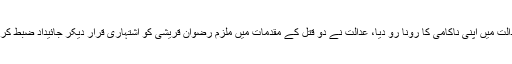
پولیس نے سیشن عدالت میں اپنی ناکامی کا رونا رو دیا، عدالت نے دو قتل کے مقدمات میں ملزم رضوان قریشی کو اشتہاری قرار دیکر جائیداد ضبط کرنے کا حکم دے دیا۔